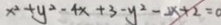
x ^ { 2 } + y ^ { 2 } - 4 x + 3 - y ^ { 2 } - 2 x + 2 = 0